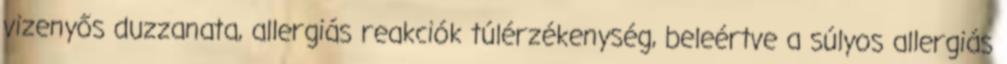
vizenyős duzzanata, allergiás reakciók túlérzékenység, beleértve a súlyos allergiás